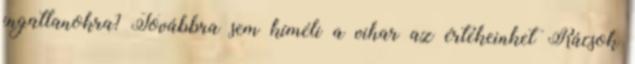
ingatlanokra? Továbbra sem kíméli a vihar az értékeinket Rácsok